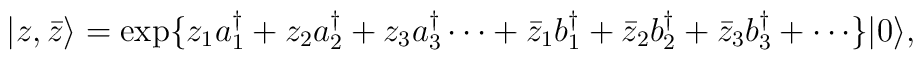
\vert z, \bar z \rangle = \exp\{ z_1a^\dagger_1 +  z_2a^\dagger_2 + z_3a^\dagger_3 \cdots +\bar z_1 b^\dagger_1 + \bar z_2 b^\dagger_2 + \bar z_3 b^\dagger_3 + \cdots \}\vert 0 \rangle,